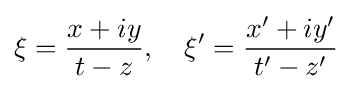
{\mathsf {\xi }}={\frac {x+iy}{t-z}},\quad \xi '={\frac {x'+iy'}{t'-z'}}